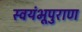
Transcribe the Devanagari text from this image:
स्वयंभूपुराण